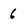
Character: 6